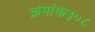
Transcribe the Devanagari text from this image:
क्रमांक३०८